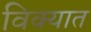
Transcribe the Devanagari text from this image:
विक्यात